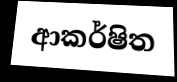
ආකර්ෂිත